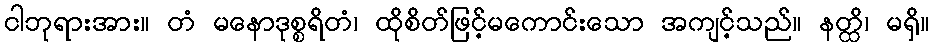
ငါဘုရားအား။ တံ မနောဒုစ္စရိတံ၊ ထိုစိတ်ဖြင့်မကောင်းသော အကျင့်သည်။ နတ္ထိ၊ မရှိ။